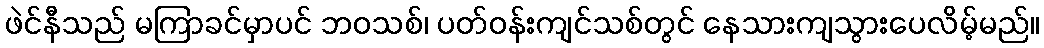
ဖဲင်နီသည် မကြာခင်မှာပင် ဘဝသစ်၊ ပတ်ဝန်းကျင်သစ်တွင် နေသားကျသွားပေလိမ့်မည်။